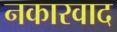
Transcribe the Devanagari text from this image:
नकारवाद